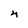
Character: 4